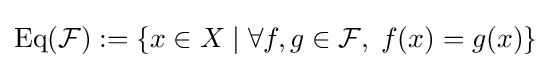
\operatorname {Eq} ({\mathcal {F}}):=\{x\in X\mid \forall f,g\in {\mathcal {F}},\;f(x)=g(x)\}